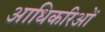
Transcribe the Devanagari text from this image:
आधिकरिओं